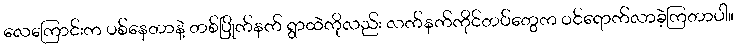
လေကြောင်းက ပစ်နေတာနဲ့ တစ်ပြိုက်နက် ရွာထဲကိုလည်း လက်နက်ကိုင်တပ်တွေက ဝင်ရောက်လာခဲ့ကြတာပါ။